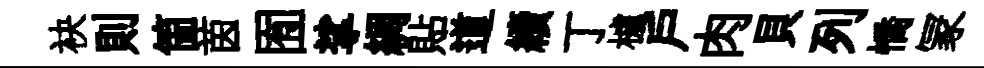
袂則箇茵囿挲綢貼道續丁櫨戸肉貝列憍冡